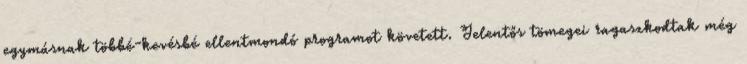
egymásnak többé-kevésbé ellentmondó programot követett. Jelentős tömegei ragaszkodtak még